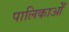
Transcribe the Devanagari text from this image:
पालिकाओँ